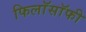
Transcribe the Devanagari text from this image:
फिलाॅसाॅफी